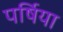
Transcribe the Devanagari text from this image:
पर्षिया